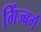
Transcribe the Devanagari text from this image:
गिंज्बर्ग